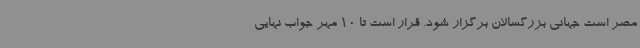
مصر است جهانی بزرگسالان برگزار شود. قرار است تا 10 مهر جواب نهایی